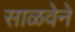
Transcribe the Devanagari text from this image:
साळवेने